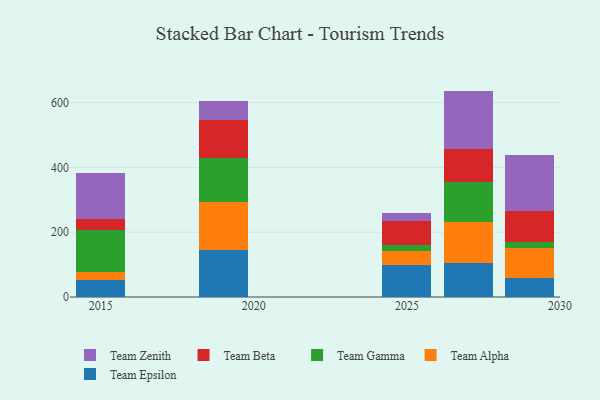
{"axis": {"x": "Year", "y": "Inventory Turnover"}, "legend": ["Team Alpha", "Team Beta", "Team Epsilon", "Team Gamma", "Team Zenith"], "data": [{"x": "2019", "y": 145.3, "type": "Team Epsilon"}, {"x": "2019", "y": 146.6, "type": "Team Alpha"}, {"x": "2019", "y": 137.5, "type": "Team Gamma"}, {"x": "2019", "y": 116.7, "type": "Team Beta"}, {"x": "2019", "y": 59.6, "type": "Team Zenith"}, {"x": "2025", "y": 98.6, "type": "Team Epsilon"}, {"x": "2025", "y": 43.3, "type": "Team Alpha"}, {"x": "2025", "y": 18.1, "type": "Team Gamma"}, {"x": "2025", "y": 76.1, "type": "Team Beta"}, {"x": "2025", "y": 24.2, "type": "Team Zenith"}, {"x": "2015", "y": 53.1, "type": "Team Epsilon"}, {"x": "2015", "y": 24.4, "type": "Team Alpha"}, {"x": "2015", "y": 130.0, "type": "Team Gamma"}, {"x": "2015", "y": 32.7, "type": "Team Beta"}, {"x": "2015", "y": 143.0, "type": "Team Zenith"}, {"x": "2029", "y": 58.0, "type": "Team Epsilon"}, {"x": "2029", "y": 94.6, "type": "Team Alpha"}, {"x": "2029", "y": 17.4, "type": "Team Gamma"}, {"x": "2029", "y": 95.3, "type": "Team Beta"}, {"x": "2029", "y": 172.0, "type": "Team Zenith"}, {"x": "2027", "y": 103.8, "type": "Team Epsilon"}, {"x": "2027", "y": 127.5, "type": "Team Alpha"}, {"x": "2027", "y": 124.4, "type": "Team Gamma"}, {"x": "2027", "y": 102.2, "type": "Team Beta"}, {"x": "2027", "y": 178.5, "type": "Team Zenith"}]}